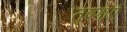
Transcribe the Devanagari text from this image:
तृष्णाएं